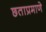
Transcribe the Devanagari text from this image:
छताप्रमाणे